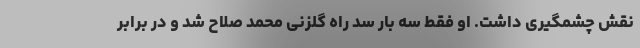
نقش چشمگیری داشت. او فقط سه بار سد راه گلزنی محمد صلاح شد و در برابر